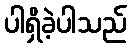
ပါရှိခဲ့ပါသည်